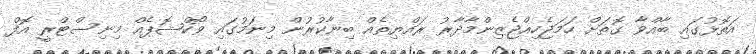
އަތޮޅުގައި ބާއްވާ ގޮތަށް ހަމަޖެހިއްޖެޒިންމާދާރު ރައްޔިތެއް ބިނާކުރުން މިނަމުގައި ވޯކްޝޮޕެއް މިނިސްޓްރީ އޮފް